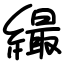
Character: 繓